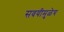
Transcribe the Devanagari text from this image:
सवयीमुळेच